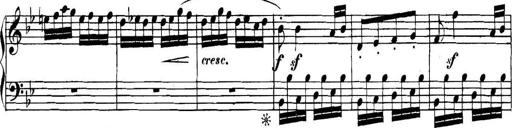
Title: Collected Piano Sonatas
Composer: Muzio Clementi